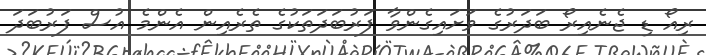
ރިއޯ ޑި ޖެނެއިރޯ ބަދަރުގެ ވަށައިގެންވާ ފަރުބަދަތަކުގެ ތެރެއިން އެންމެ އުސް ފަރުބަދަ